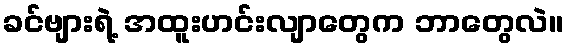
ခင်ဗျားရဲ့ အထူးဟင်းလျာတွေက ဘာတွေလဲ။